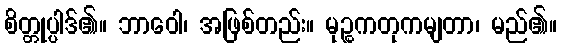
စိတ္တုပ္ပါဒ်၏။ ဘာဝေါ၊ အဖြစ်တည်း။ မုဉ္စကတုကမျတာ၊ မည်၏။